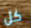
كل